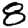
Digit: 8